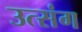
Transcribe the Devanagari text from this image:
उत्संग